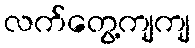
လက်တွေ့ကျကျ